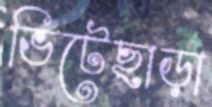
ভিটেছাড়া